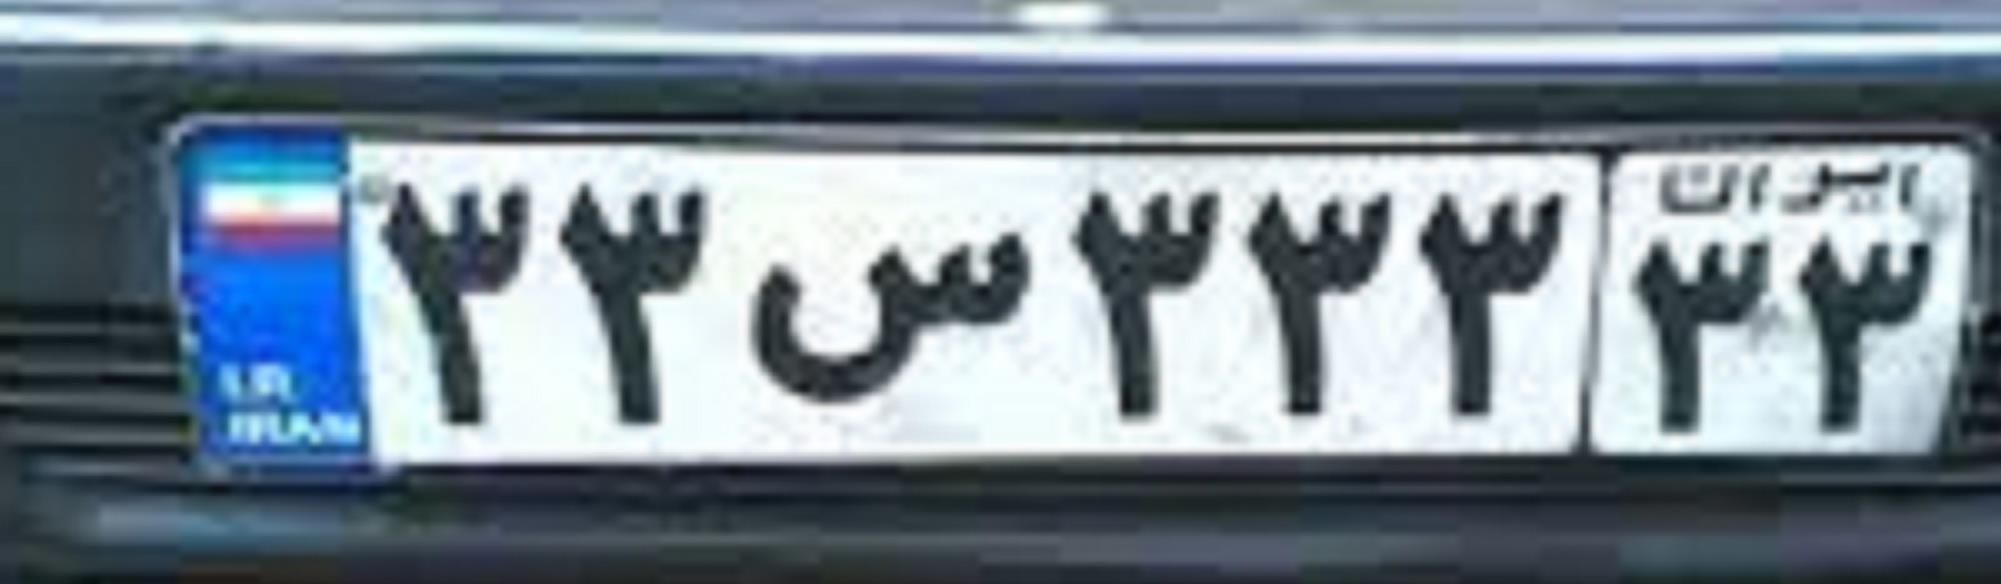
۳۳س۳۳۳۳۳